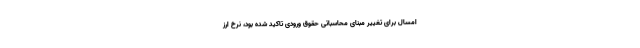
امسال برای تغییر مبنای محاسباتی حقوق ورودی تاکید شده بود، نرخ ارز